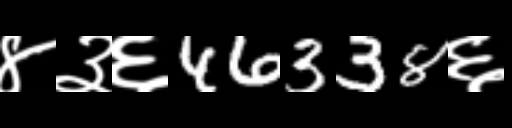
Text: ४३६46338६